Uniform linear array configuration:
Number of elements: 32
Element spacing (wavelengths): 1
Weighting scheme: uniform
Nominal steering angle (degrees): -60
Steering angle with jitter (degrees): -58.552
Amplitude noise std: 0.05
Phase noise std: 0.05

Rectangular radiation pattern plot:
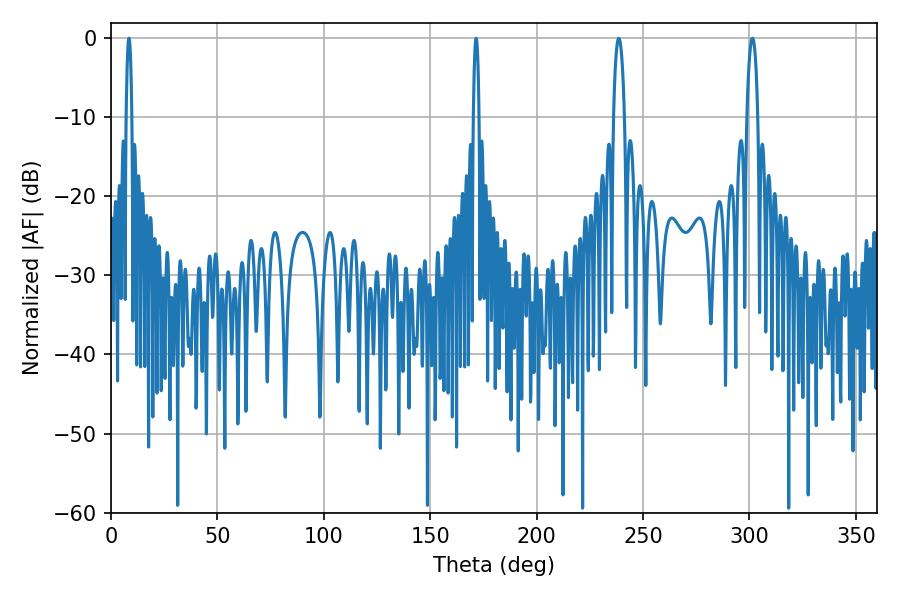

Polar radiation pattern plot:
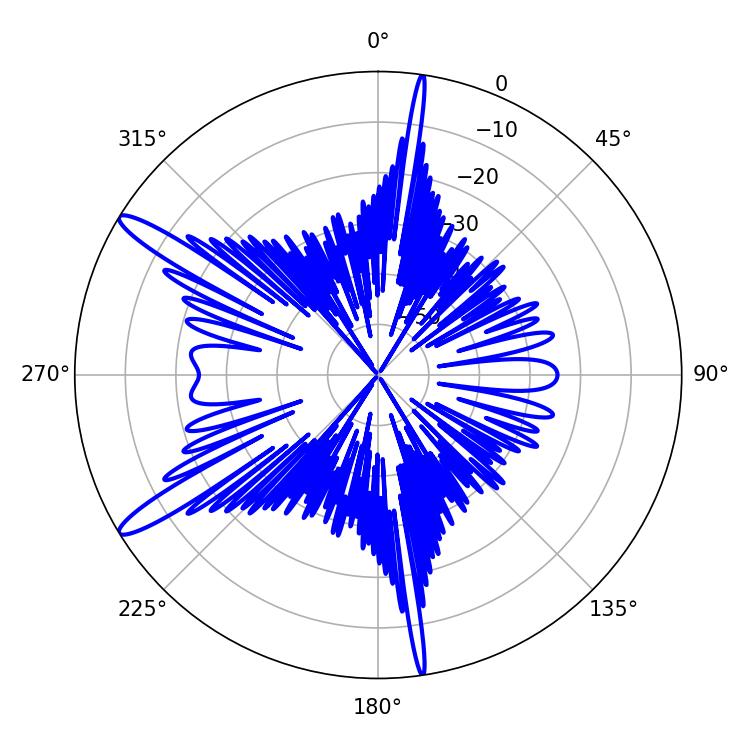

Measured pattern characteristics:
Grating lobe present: TRUE
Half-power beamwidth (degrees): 1.44
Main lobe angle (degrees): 171.54